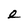
Character: e